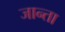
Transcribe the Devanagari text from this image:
जान्ता